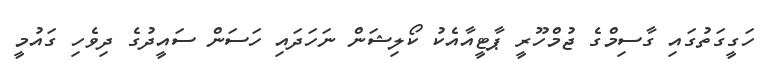
ހަގީގަތުގައި ގާސިމްގެ ޖުމްހޫރީ ޕާޓީއާއެކު ކޯލިޝަން ނަހަދައި ހަސަން ސައީދުގެ ދިވެހި ގައުމީ